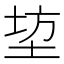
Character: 𮰣